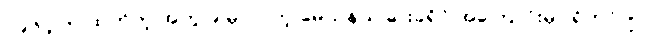
၁၉၆၄ က ထုတ်တဲ့ အတွဲ ၉ မှာ ပါတဲ့ မေယုနယ်ခြားခရိုင် အကြောင်းမှာ ရိုဟင်ဂျာ